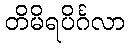
တိမိရပိင်္ဂလာ